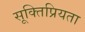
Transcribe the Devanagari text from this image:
सूक्तिप्रियता